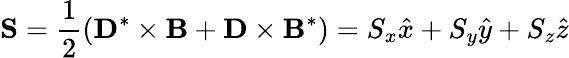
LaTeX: {\mathbf S}=\frac{1}{2}({\mathbf D}^{*}\times{\mathbf B}+{\mathbf D}\times{\mathbf B}^{*})=S_{x}\hat{x}+S_{y}\hat{y}+S_{z}\hat{z}